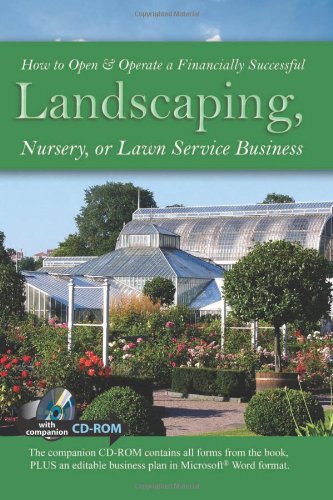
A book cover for How to Open & Operate a Financially Successful Landscaping, Nursery, or Lawn Service Business: With Companion CD-ROM; Lynn Wasnak; Law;